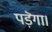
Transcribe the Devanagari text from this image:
पड़ॆगा।